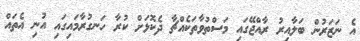
އެ ނަޒަރުން ބަލާއިރު ރާއްޖޭގައި މަސްތުވާތަކެއްޗާ ދެކޮޅަށް ކުރާ ހަނގުރާމައިގައި އުނި އެތައް